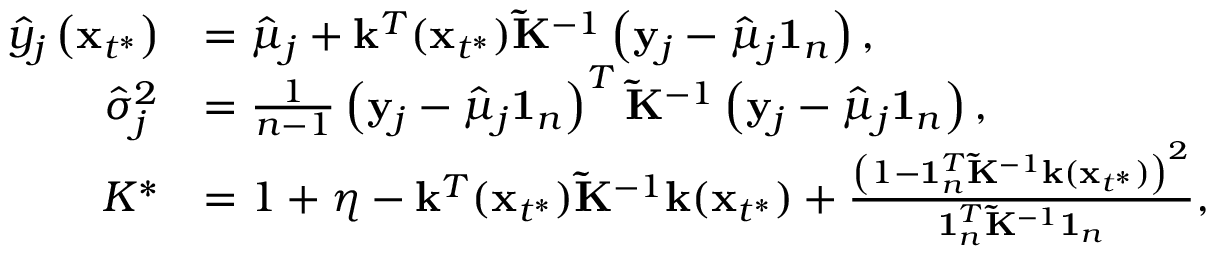
\begin{array} { r l } { \hat { y } _ { j } \left( \mathbf x _ { t ^ { * } } \right) } & { = \hat { \mu } _ { j } + \mathbf { k } ^ { T } ( \mathbf x _ { t ^ { * } } ) \mathbf { \tilde { K } } ^ { - 1 } \left( \mathbf y _ { j } - \hat { \mu } _ { j } \mathbf { 1 } _ { n } \right) , } \\ { \hat { \sigma } _ { j } ^ { 2 } } & { = \frac { 1 } { n - 1 } \left( \mathbf { y } _ { j } - \hat { \mu } _ { j } \mathbf { 1 } _ { n } \right) ^ { T } { \mathbf { \tilde { K } } } ^ { - 1 } \left( \mathbf { y } _ { j } - \hat { \mu } _ { j } \mathbf { 1 } _ { n } \right) , } \\ { K ^ { * } } & { = 1 + \eta - \mathbf { k } ^ { T } ( \mathbf x _ { t ^ { * } } ) { \mathbf { \tilde { K } } } ^ { - 1 } \mathbf { k } ( \mathbf x _ { t ^ { * } } ) + \frac { \left( 1 - \mathbf { 1 } _ { n } ^ { T } { \mathbf { \tilde { K } } } ^ { - 1 } \mathbf { k } ( \mathbf x _ { t ^ { * } } ) \right) ^ { 2 } } { \mathbf { 1 } _ { n } ^ { T } { \mathbf { \tilde { K } } } ^ { - 1 } \mathbf { 1 } _ { n } } , } \end{array}